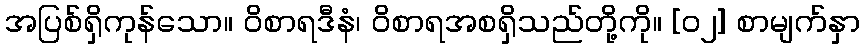
အပြစ်ရှိကုန်သော။ ဝိစာရဒီနံ၊ ဝိစာရအစရှိသည်တို့ကို။ [၀၂] စာမျက်နှာ